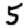
Digit: 5